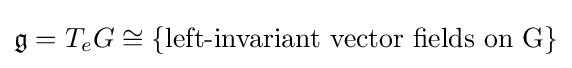
{\mathfrak {g}}=T_{e}G\cong \{{\hbox{left-invariant vector fields on G}}\}